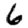
Digit: 6